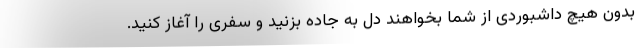
بدون هیچ داشبوردی از شما بخواهند دل به جاده بزنید و سفری را آغاز کنید.